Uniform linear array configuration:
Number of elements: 64
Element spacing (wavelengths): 0.75
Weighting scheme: hann
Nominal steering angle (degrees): -45
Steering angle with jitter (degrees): -45.617
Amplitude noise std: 0.05
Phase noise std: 0.05

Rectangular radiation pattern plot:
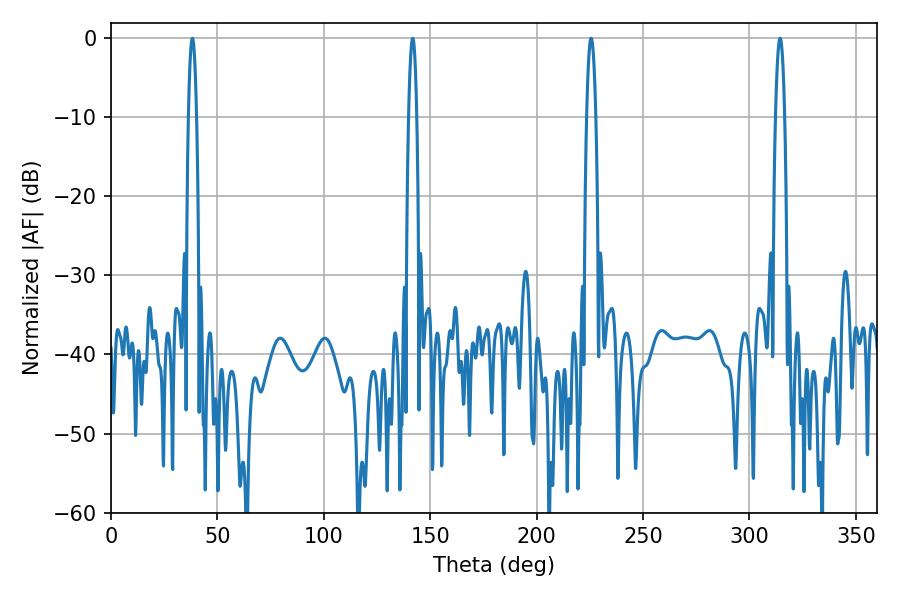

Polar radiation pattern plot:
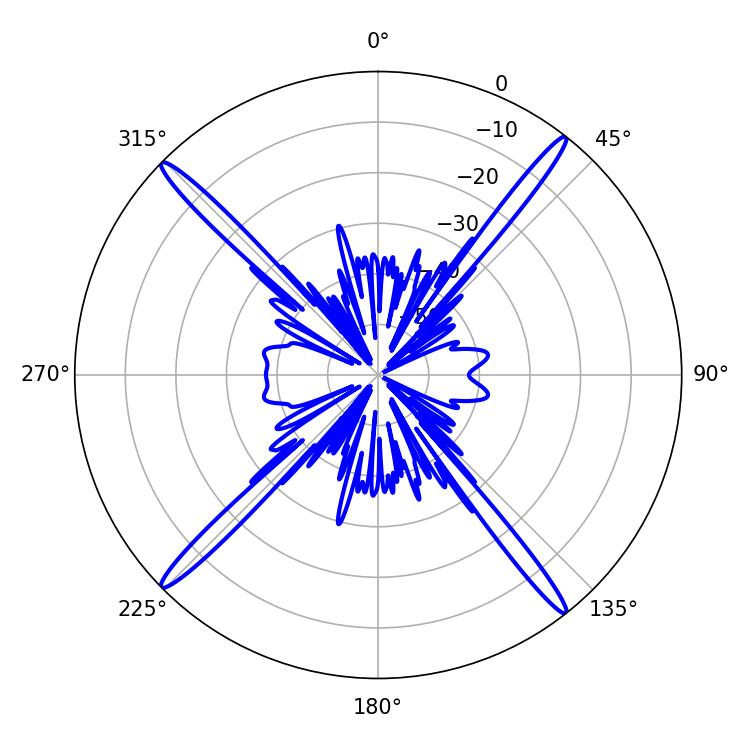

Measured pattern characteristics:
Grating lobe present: TRUE
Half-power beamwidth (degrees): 2.34
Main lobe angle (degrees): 225.54